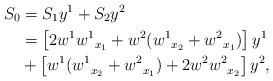
LaTeX: \begin{align*}S_0 &= S_1 y^1 + S_2 y^2 \\ &= \left[ 2w^1{w^1}_{\substack{\\x_1}} + w^2({w^1}_{\substack{\\x_2}} + {w^2}_{\substack{\\x_1}} ) \right] y^1 \\ &+ \left[ w^1({w^1}_{\substack{\\x_2}} + {w^2}_{\substack{\\x_1}} ) + 2w^2{w^2}_{\substack{\\x_2}} \right] y^2,\end{align*}